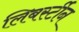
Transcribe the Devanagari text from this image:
लिबर्स्टीन